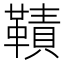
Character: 𩌪